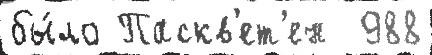
бы́ло Паскв'ет'ен  988